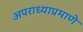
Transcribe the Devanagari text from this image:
अपराध्याप्रमाणे